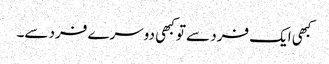
کبھی ایک فرد سے تو کبھی دوسرے فرد سے۔